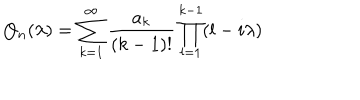
Q _ { n } ( \lambda ) = \sum _ { k = 1 } ^ { \infty } \frac { a _ { k } } { ( k - 1 ) ! } \prod _ { l = 1 } ^ { k - 1 } ( l - i \lambda )